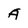
Character: A